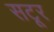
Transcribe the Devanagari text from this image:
सटूर